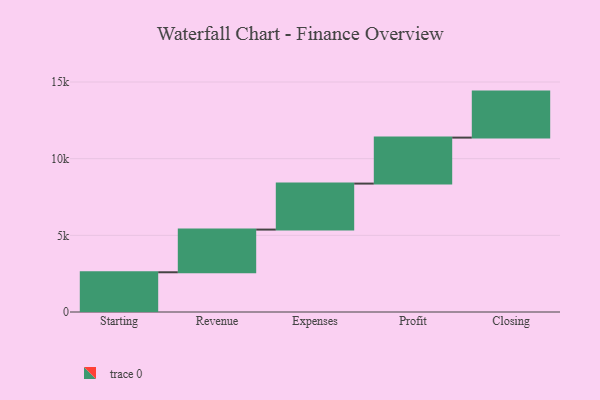
{"axis": {"x": "Step", "y": "Value"}, "legend": [""], "data": [{"x": "Starting", "y": 2591.0, "type": ""}, {"x": "Revenue", "y": 2784.0, "type": ""}, {"x": "Expenses", "y": 3000, "type": ""}, {"x": "Profit", "y": 3000, "type": ""}, {"x": "Closing", "y": 3000, "type": ""}]}